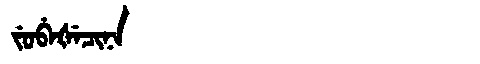
Manchu: ᠵᡠᠪᡝᡧᡝᠴᡳᠨᠠ
Romanization: JUBEŠECINA